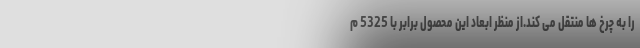
را به چرخ ها منتقل می کند.از منظر ابعاد این محصول برابر با 5325 م